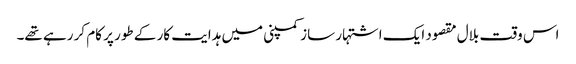
اس وقت بلال مقصود ایک اشتہار ساز کمپنی میں ہدایت کار کے طور پر کام کر رہے تھے۔